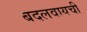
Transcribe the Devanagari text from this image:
बदलवायची